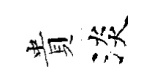
貴淡